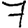
Digit: 7